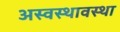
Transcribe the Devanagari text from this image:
अस्वस्थावस्था